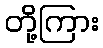
တို့ကြား